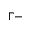
\Gamma -